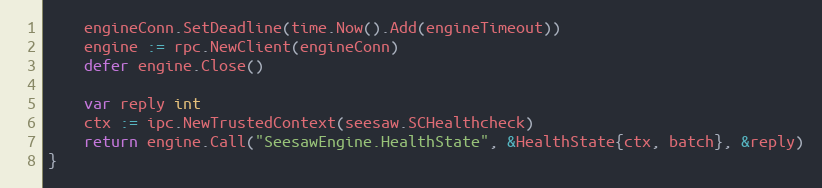
Language: Go
	engineConn.SetDeadline(time.Now().Add(engineTimeout))
	engine := rpc.NewClient(engineConn)
	defer engine.Close()

	var reply int
	ctx := ipc.NewTrustedContext(seesaw.SCHealthcheck)
	return engine.Call("SeesawEngine.HealthState", &HealthState{ctx, batch}, &reply)
}